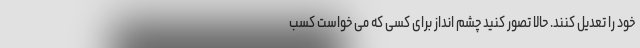
خود را تعدیل کنند. حالا تصور کنید چشم انداز برای کسی که می خواست کسب